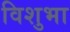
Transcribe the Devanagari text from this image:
विशुभा